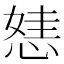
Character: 㥨